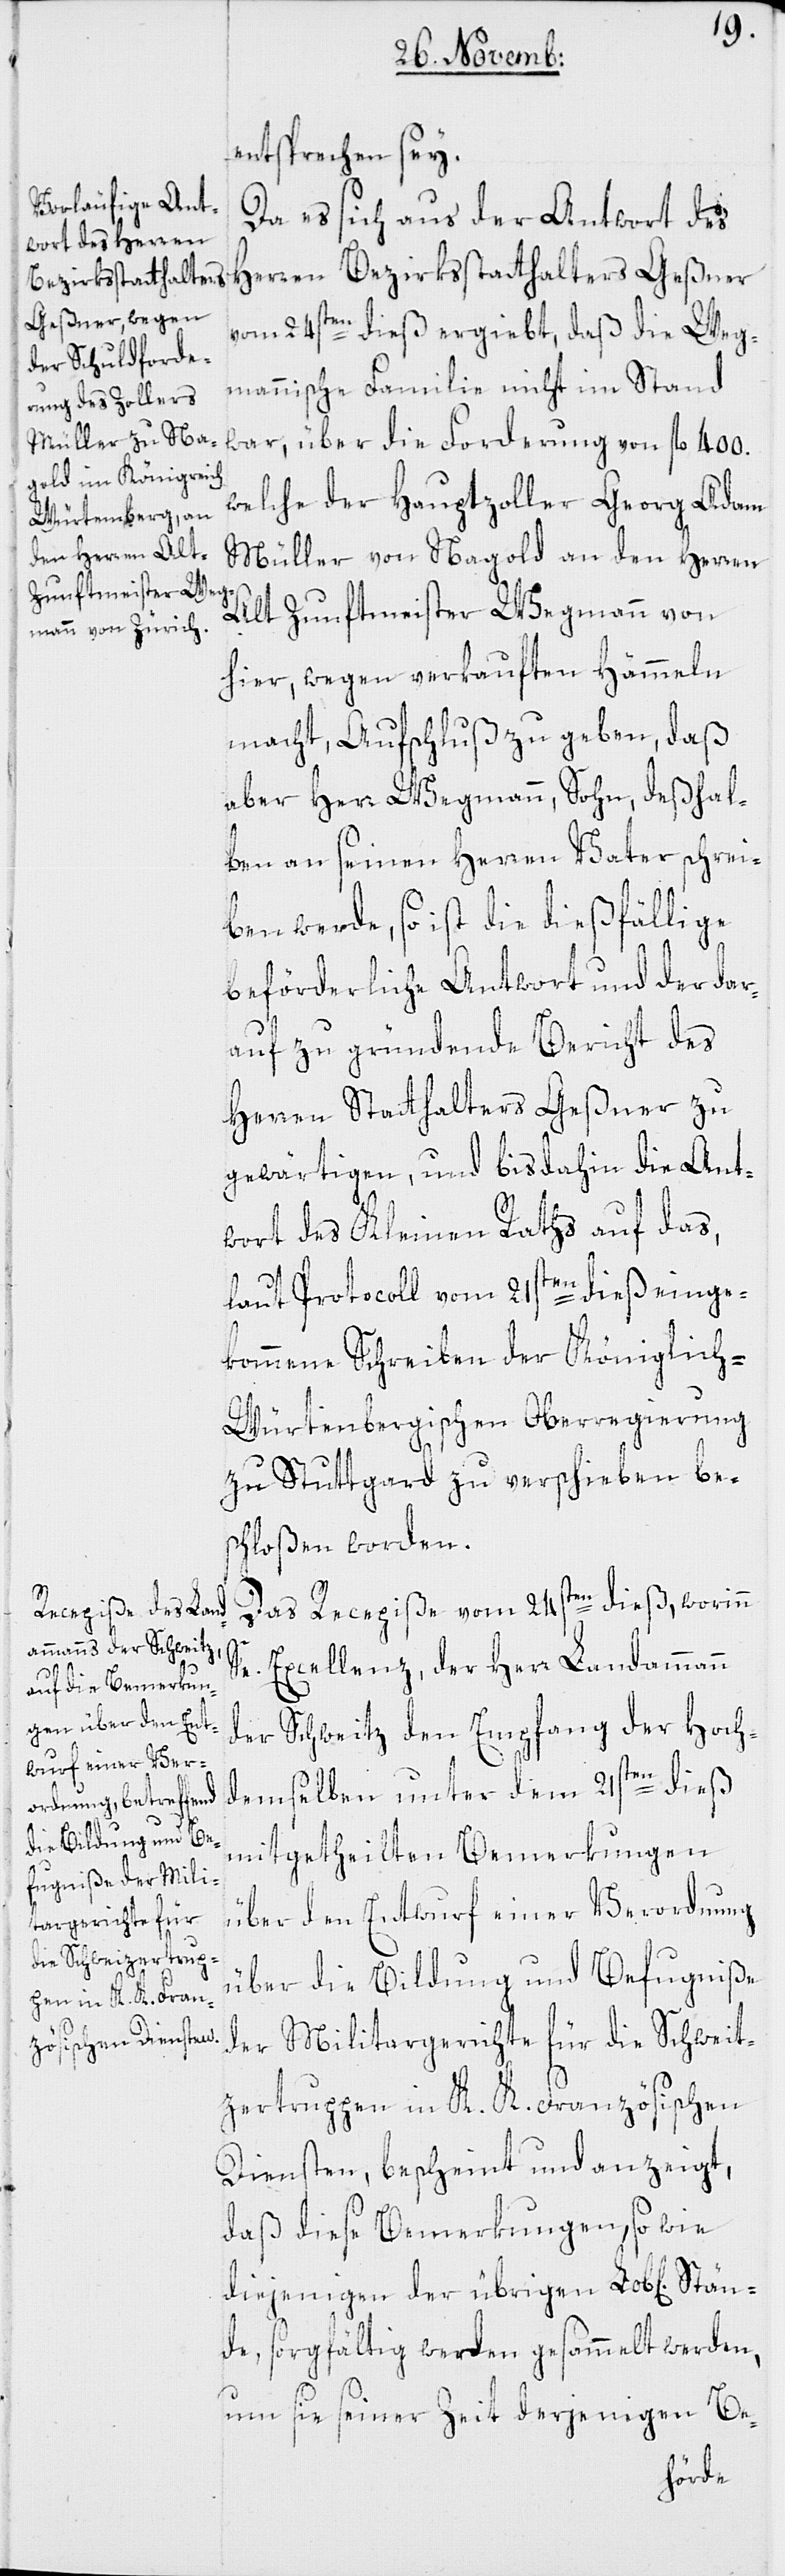
entsprechen sey.
Da es sich aus der Antwort des
Herren Bezirksstatthalters Geßner
vom 24sten dieß ergiebt, daß die Weg¬
mannische Familie nicht im Stand
war, über die Forderung von fl 400 .
welche der Hauptzoller Georg Adam
Müller von Nagold an den Herren
Alt Zunftmeister Wegmann von
hier, wegen verkauften Hämmeln
macht, Aufschluß zu geben, daß
aber Herr Wegmann, Sohn, deßhal¬
ben an seinen Herren Vater schrei¬
ben werde, so ist die dießfällige
beförderliche Antwort und der dar¬
auf zu gründende Bericht des
Herren Statthalters Geßner zu
gewärtigen, und bis dahin die Ant¬
wort des Kleinen Raths auf das,
laut Protocoll vom 21sten dieß einge¬
kommene Schreiben der Königlich-W¬
ürtembergischen Oberregierung
zu Stuttgard zu verschieben be¬
schloßen worden.
Das Recepiße vom 24sten dieß, worinn
Se. Excellenz der Herr Landammann
der Schweitz den Empfang der Hoch¬
demselben unter dem 21sten dieß
mitgetheilten Bemerkungen
Stän¬
über den Entwurf einer Verordnung
über die Bildung und Befugniße
der Militargerichte für die Schweit¬
zertruppen in K. K. Französischen
Diensten, bescheint und anzeigt,
daß diese Bemerkungen, sowie
diejenigen der übrigen Lob[lichen]
de, sorgfältig werden gesammelt werden,
um sie seiner Zeit derjenigen Be-